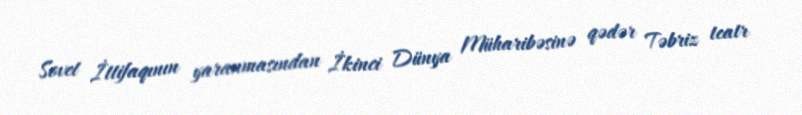
Sovet İttifaqının yaranmasından İkinci Dünya Müharibəsinə qədər Təbriz teatr